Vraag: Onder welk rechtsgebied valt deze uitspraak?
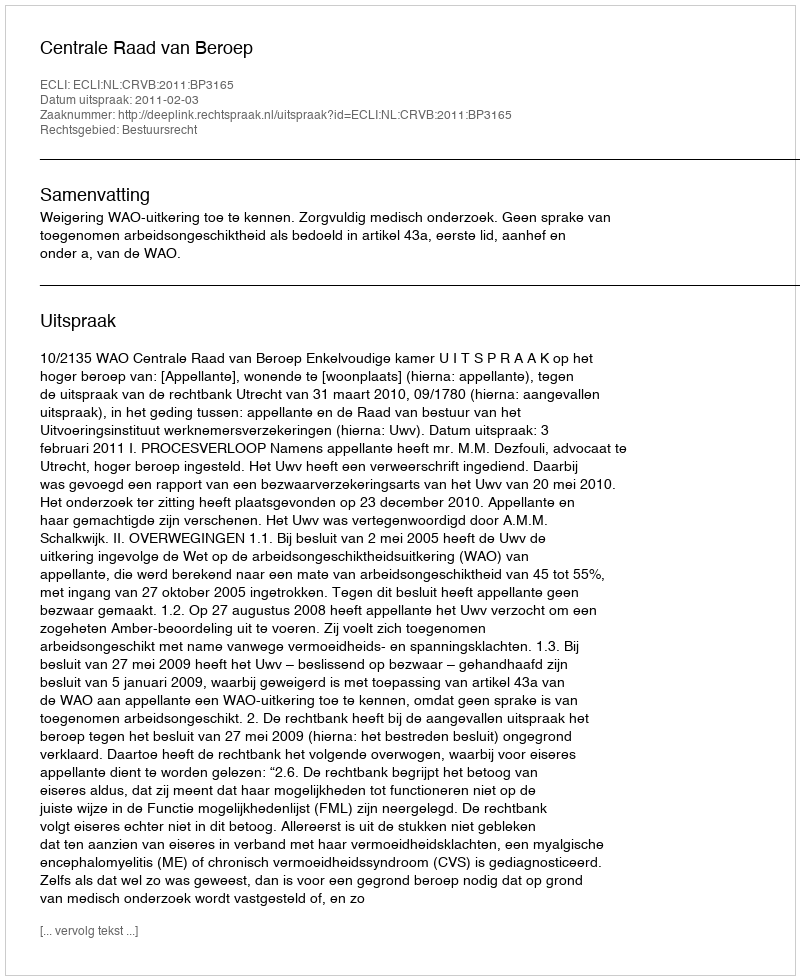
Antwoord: Bestuursrecht